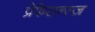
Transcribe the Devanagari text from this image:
प्रेफेरान्स्ज़